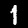
Label: 1